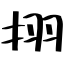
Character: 挧